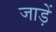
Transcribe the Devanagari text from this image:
जाड़ें